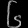
Digit: ၆